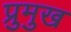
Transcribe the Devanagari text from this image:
प्रुमुख